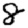
Digit: 8